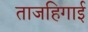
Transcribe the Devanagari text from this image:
ताजहिगाई